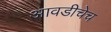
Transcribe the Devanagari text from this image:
आवडीचेच